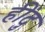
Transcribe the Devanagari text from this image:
हींदु